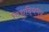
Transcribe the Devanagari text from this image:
विद्युद्धिभव